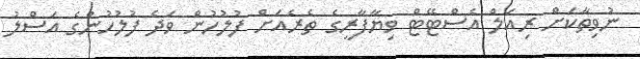
ނުވިތާކަށް ރިއަލް އެސްޓޭޓް ވިޔާފާރީގެ ތެރެއަށް ފުލުހުން ވަދެ ފުލުހުންގެ އަސްލު